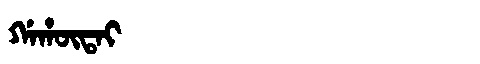
Manchu: ᡤᠠᡥᡡᡨᠠᡳ
Romanization: GAHŪTAI